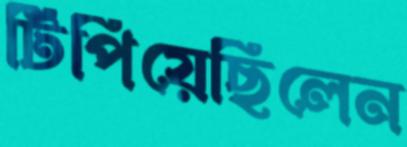
টিপিয়েছিলেন